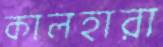
কালহারা